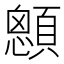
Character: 顖